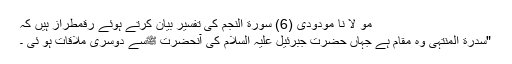
مو لا نا مودودی (6) سورة النجم کی تفسیر بیان کرتے ہوئے رقمطراز ہیں کہ
"سدرة المنتہیٰ وہ مقام ہے جہاں حضرت جبرئیل علیہ السلام کی آنحضرت ﷺسے دوسری ملاقات ہو ئی ۔